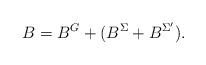
LaTeX: \begin{align*}B = B^G+ (B^{\Sigma} + B^{\Sigma'}).\end{align*}